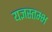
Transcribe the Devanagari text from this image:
यज्ञस्तम्भ